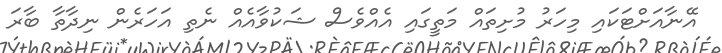
އޭނާއަށްޓަކައި މިހަރު މުށިތައް މަތީގައި އެއްވެސް ޝަކުވާއެއް ނެތި އަހަރެން ނިދާތާ ބާރަ